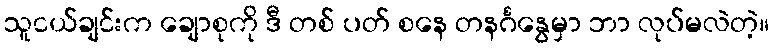
သူငယ်ချင်းက ချောစုကို ဒီ တစ် ပတ် စနေ တနင်္ဂနွေမှာ ဘာ လုပ်မလဲတဲ့။